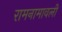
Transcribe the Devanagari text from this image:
रामनामावली